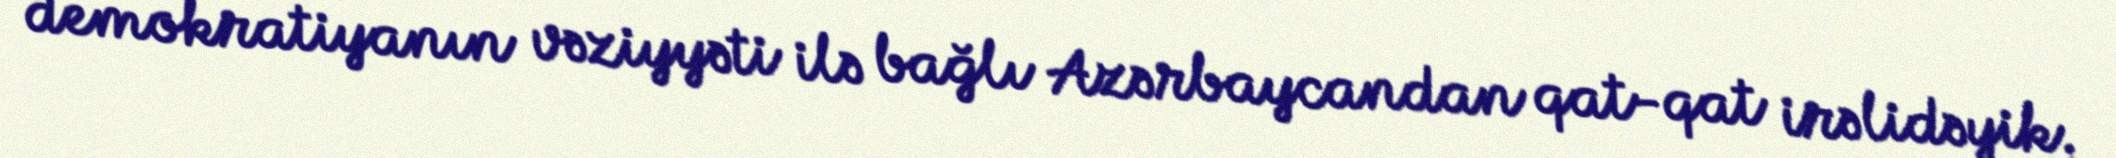
demokratiyanın vəziyyəti ilə bağlı Azərbaycandan qat-qat irəlidəyik.